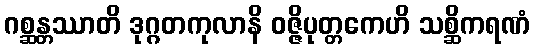
ဂစ္ဆန္တဿာတိ ဒုဂ္ဂတကုလာနိ ဝဇ္ဇိပုတ္တကေဟိ သစ္ဆိကရဏံ